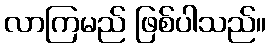
လာကြမည် ဖြစ်ပါသည်။